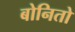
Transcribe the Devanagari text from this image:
बोनितो